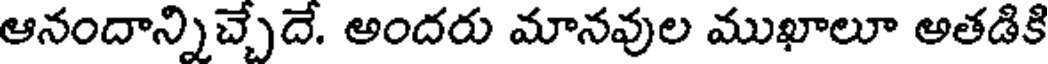
ఆనందాన్నిచ్చేదే. అందరు మానవుల ముఖాలూ అతడికి